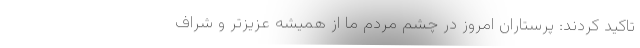
تاکید کردند: پرستاران امروز در چشم مردم ما از همیشه عزیزتر و شراف